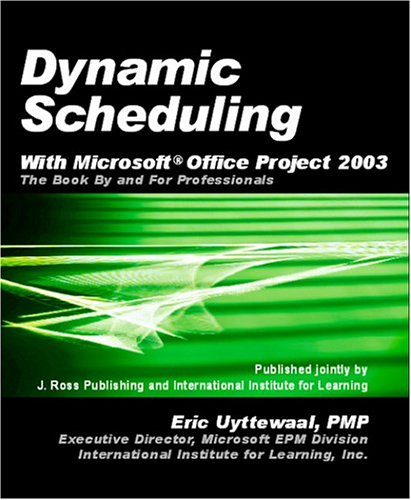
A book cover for Dynamic Scheduling with Microsoft Office Project 2003: The Book by and for Professionals; Eric Uyttewaal; Computers & Technology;